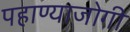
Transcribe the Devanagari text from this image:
पहाण्याजोगी